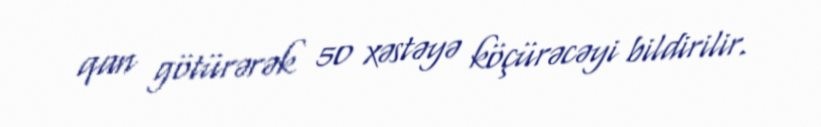
qan götürərək 50 xəstəyə köçürəcəyi bildirilir.